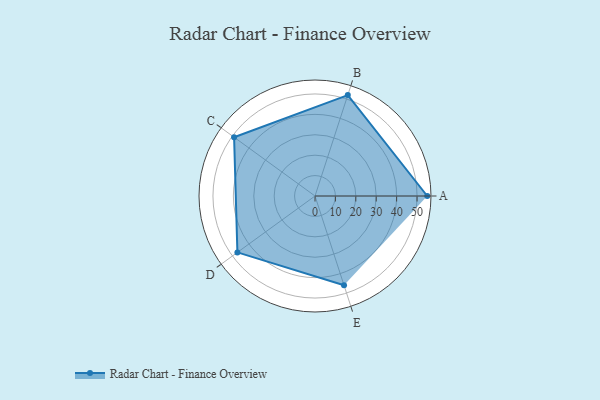
{"axis": {"x": "Skill", "y": "Score"}, "legend": ["Profile"], "data": [{"x": "A", "y": 55.0, "type": "Profile"}, {"x": "B", "y": 52.0, "type": "Profile"}, {"x": "C", "y": 49.0, "type": "Profile"}, {"x": "D", "y": 47.0, "type": "Profile"}, {"x": "E", "y": 46.0, "type": "Profile"}]}